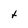
Character: t